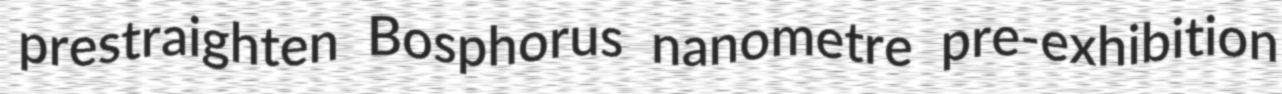
prestraighten Bosphorus nanometre pre-exhibition